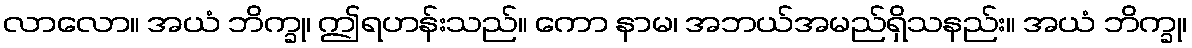
လာလော။ အယံ ဘိက္ခု၊ ဤရဟန်းသည်။ ကော နာမ၊ အဘယ်အမည်ရှိသနည်း။ အယံ ဘိက္ခု၊